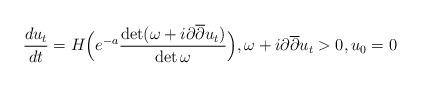
LaTeX: \begin{align*} \frac{du_t}{dt} = H \Big( e^{-a} \frac{\det(\omega + i\partial \overline{\partial} u_t)}{\det \omega} \Big), \omega + i \partial \overline{\partial} u_t > 0, u_0=0\end{align*}